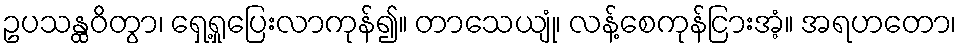
ဥပသန္ထဝိတွာ၊ ရှေ့ရှုပြေးလာကုန်၍။ တာသေယျုံ၊ လန့်စေကုန်ငြားအံ့။ အရဟတော၊